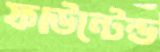
ফাউন্টেন্ড